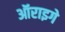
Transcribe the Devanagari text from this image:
ऑराइगे